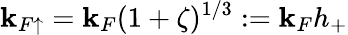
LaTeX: \mathbf{k}_{F\mathord{\uparrow}}=\mathbf{k}_{F}(1+\zeta)^{1/3}:=\mathbf{k}_{F}h_{+}